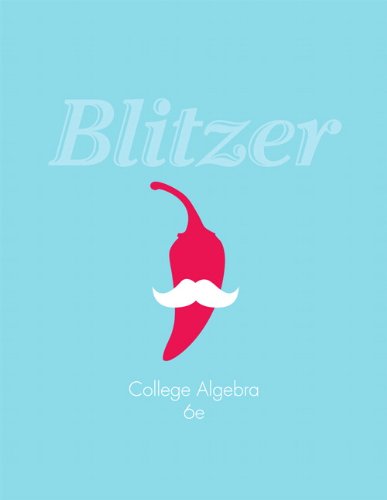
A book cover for College Algebra (6th Edition); Robert F. Blitzer; Science & Math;